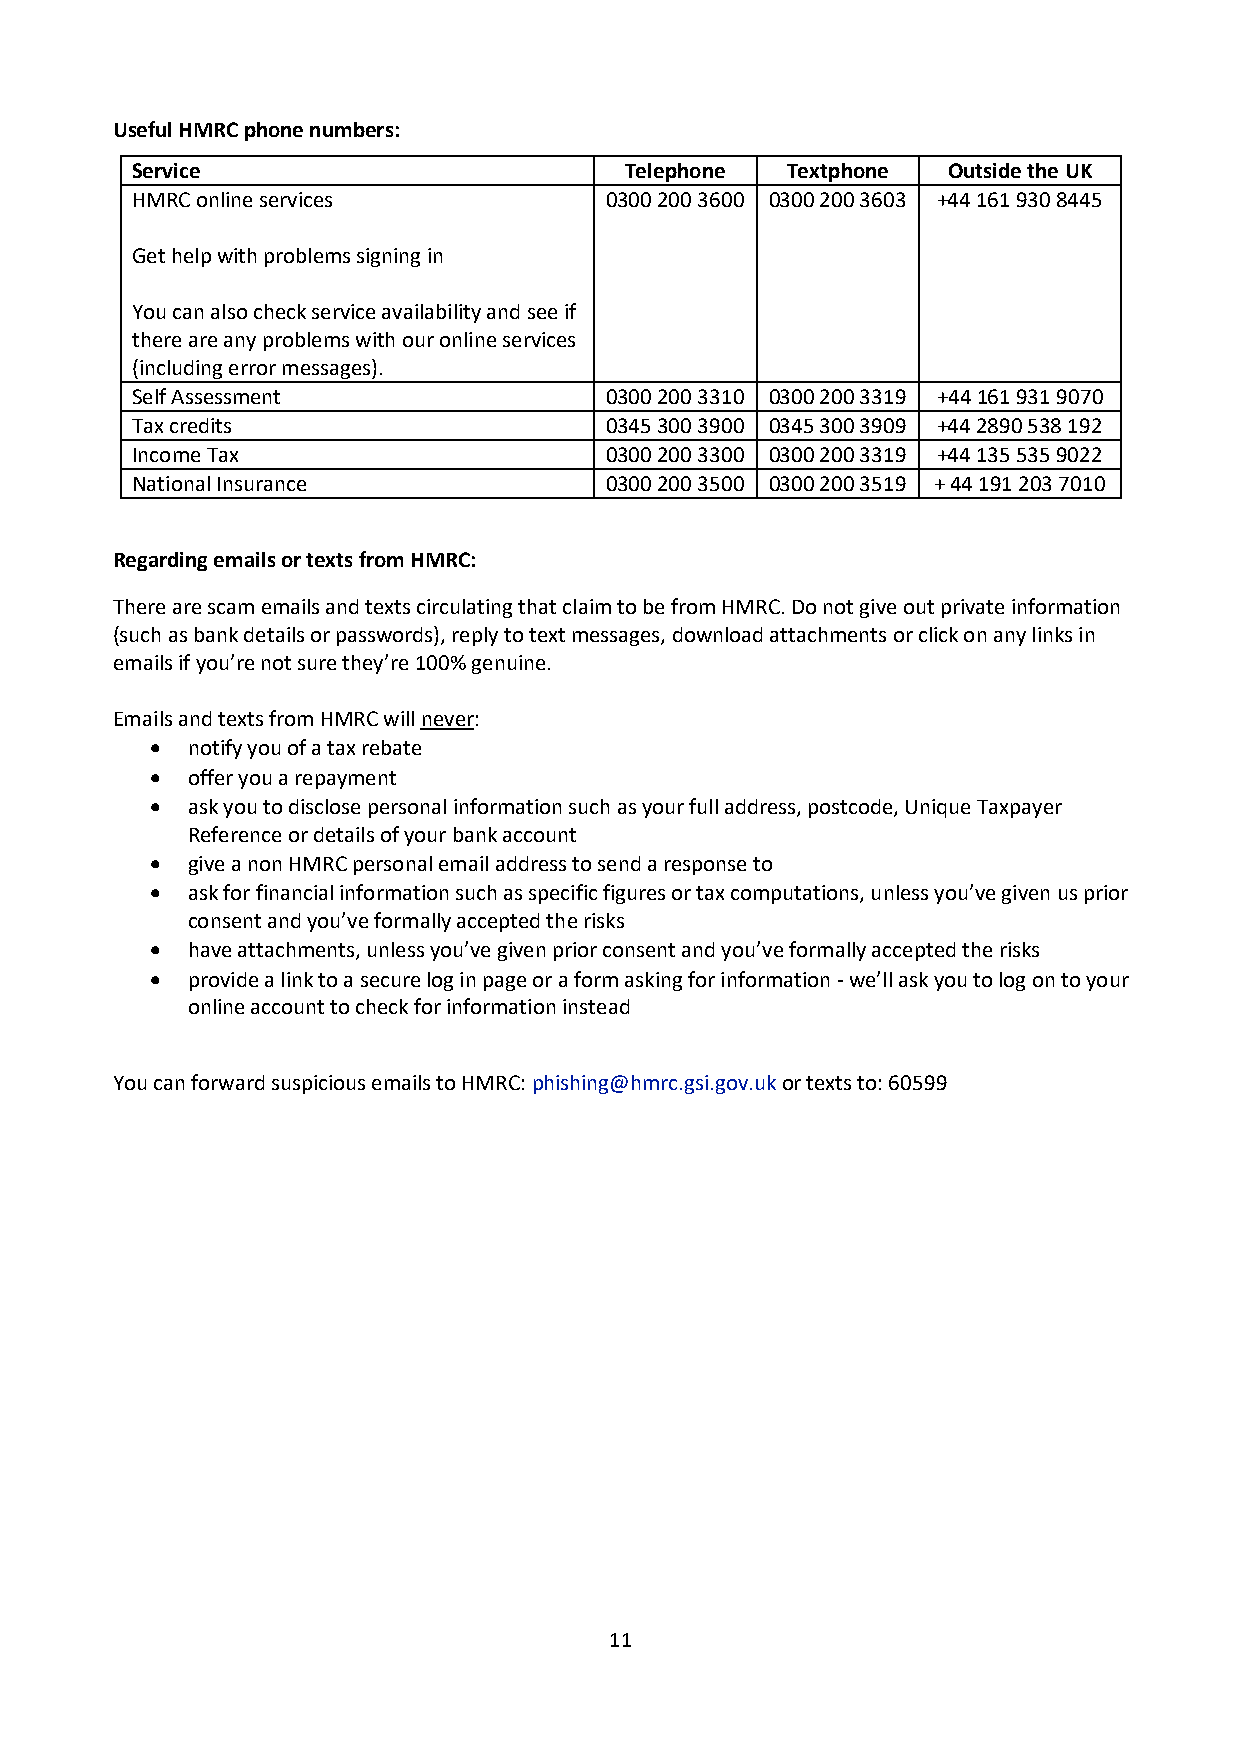
Useful HMRC phone numbers:
 Service                         Telephone  Textphone  Outside the UK
 HMRC online services           0300 200 3600 0300 200 3603 +44 161 930 8445
 Get help with problems signing in
 You can also check service availability and see if
 there are any problems with our online services
 (including error messages).
 Self Assessment                0300 200 3310 0300 200 3319 +44 161 931 9070
 Tax credits                    0345 300 3900 0345 300 3909 +44 2890 538 192
 Income Tax                     0300 200 3300 0300 200 3319 +44 135 535 9022
 National Insurance             0300 200 3500 0300 200 3519 + 44 191 203 7010
 Regarding emails or texts from HMRC:
 There are scam emails and texts circulating that claim to be from HMRC. Do not give out private information
 (such as bank details or passwords), reply to text messages, download attachments or click on any links in
 emails if you’re not sure they’re 100% genuine.
 Emails and texts from HMRC will never:
  notify you of a tax rebate
  offer you a repayment
  ask you to disclose personal information such as your full address, postcode, Unique Taxpayer
 Reference or details of your bank account
  give a non HMRC personal email address to send a response to
  ask for financial information such as specific figures or tax computations, unless you’ve given us prior
 consent and you’ve formally accepted the risks
  have attachments, unless you’ve given prior consent and you’ve formally accepted the risks
  provide a link to a secure log in page or a form asking for information - we’ll ask you to log on to your
 online account to check for information instead
 You can forward suspicious emails to HMRC: phishing@hmrc.gsi.gov.uk or texts to: 60599
 11